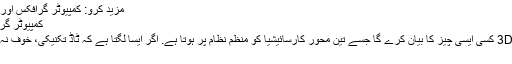
مزید کرو: کمپیوٹر گرافکس اور فلم میں 3D کی وضاحت - 2019
کمپیوٹر گرافکس اور فلم میں 3D کی وضاحت
اصطلاح کی وسیع تر تعریف میں، 3D کسی ایسی چیز کا بیان کرے گا جسے تین محور کارسائیشیا کو منظم نظام پر ہوتا ہے. اگر ایسا لگتا ہے کہ ٹاڈ تکنیکی، خوف نہ کریں - ہم اسے صاف کر دیں گے.
3D کیا ہے؟